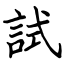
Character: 試